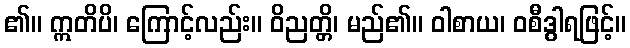
၏။ ဣတိပိ၊ ကြောင့်လည်း။ ဝိညတ္တိ၊ မည်၏။ ဝါစာယ၊ ဝစီဒွါရဖြင့်။